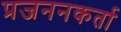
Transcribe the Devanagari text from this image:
प्रजननकर्ता